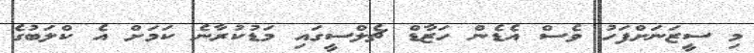
މި ސީޒަނަށްފަހު ވެސް އެޑެން ހަޒާޑް ޗެލްސީގައި މަޑުކުރާނެ ކަމަށް އެ ކްލަބުގެ